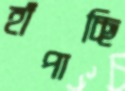
হাঁপাচ্ছি